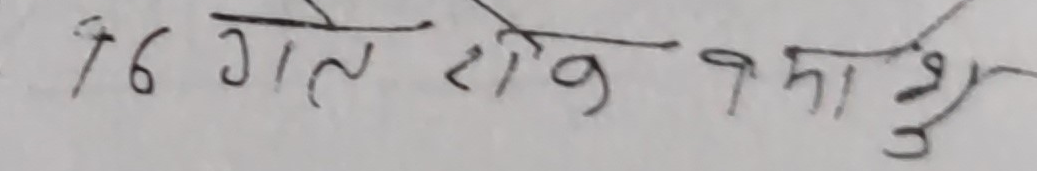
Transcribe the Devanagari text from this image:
76 गत रोक पमाश्रु